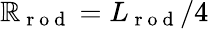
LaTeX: \mathbb{R}_{\mathrm{{~r~o~d~}}}=L_{\mathrm{{~r~o~d~}}}/4